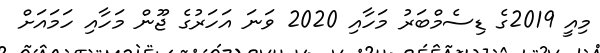
މިއީ 2019ގެ ޑިސެމްބަރު މަހާއި 2020 ވަނަ އަހަރުގެ ޖޫން މަހާއި ހަމައަށް